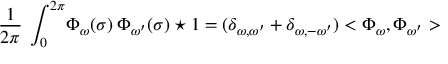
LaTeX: \frac { 1 } { 2 \pi } \: \int _ { 0 } ^ { 2 \pi } \! \Phi _ { \omega } ( \sigma ) \: \Phi _ { \omega ^ { \prime } } ( \sigma ) \star 1 = ( \delta _ { \omega , \omega ^ { \prime } } + \delta _ { \omega , - \omega ^ { \prime } } ) < \Phi _ { \omega } , \Phi _ { \omega ^ { \prime } } >